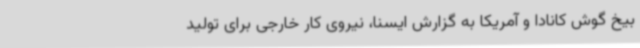
بیخ گوش کانادا و آمریکا به گزارش ایسنا، نیروی کار خارجی برای تولید